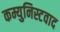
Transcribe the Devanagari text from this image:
कम्युनिस्टवाद